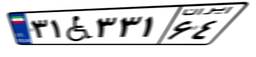
۳۱W۳۳۱۶۴